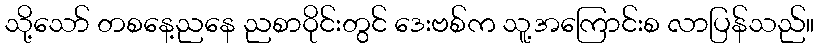
သို့သော် တစနေ့ညနေ ညစာဝိုင်းတွင် ဒေးဗစ်က သူ့အကြောင်းစ လာပြန်သည်။